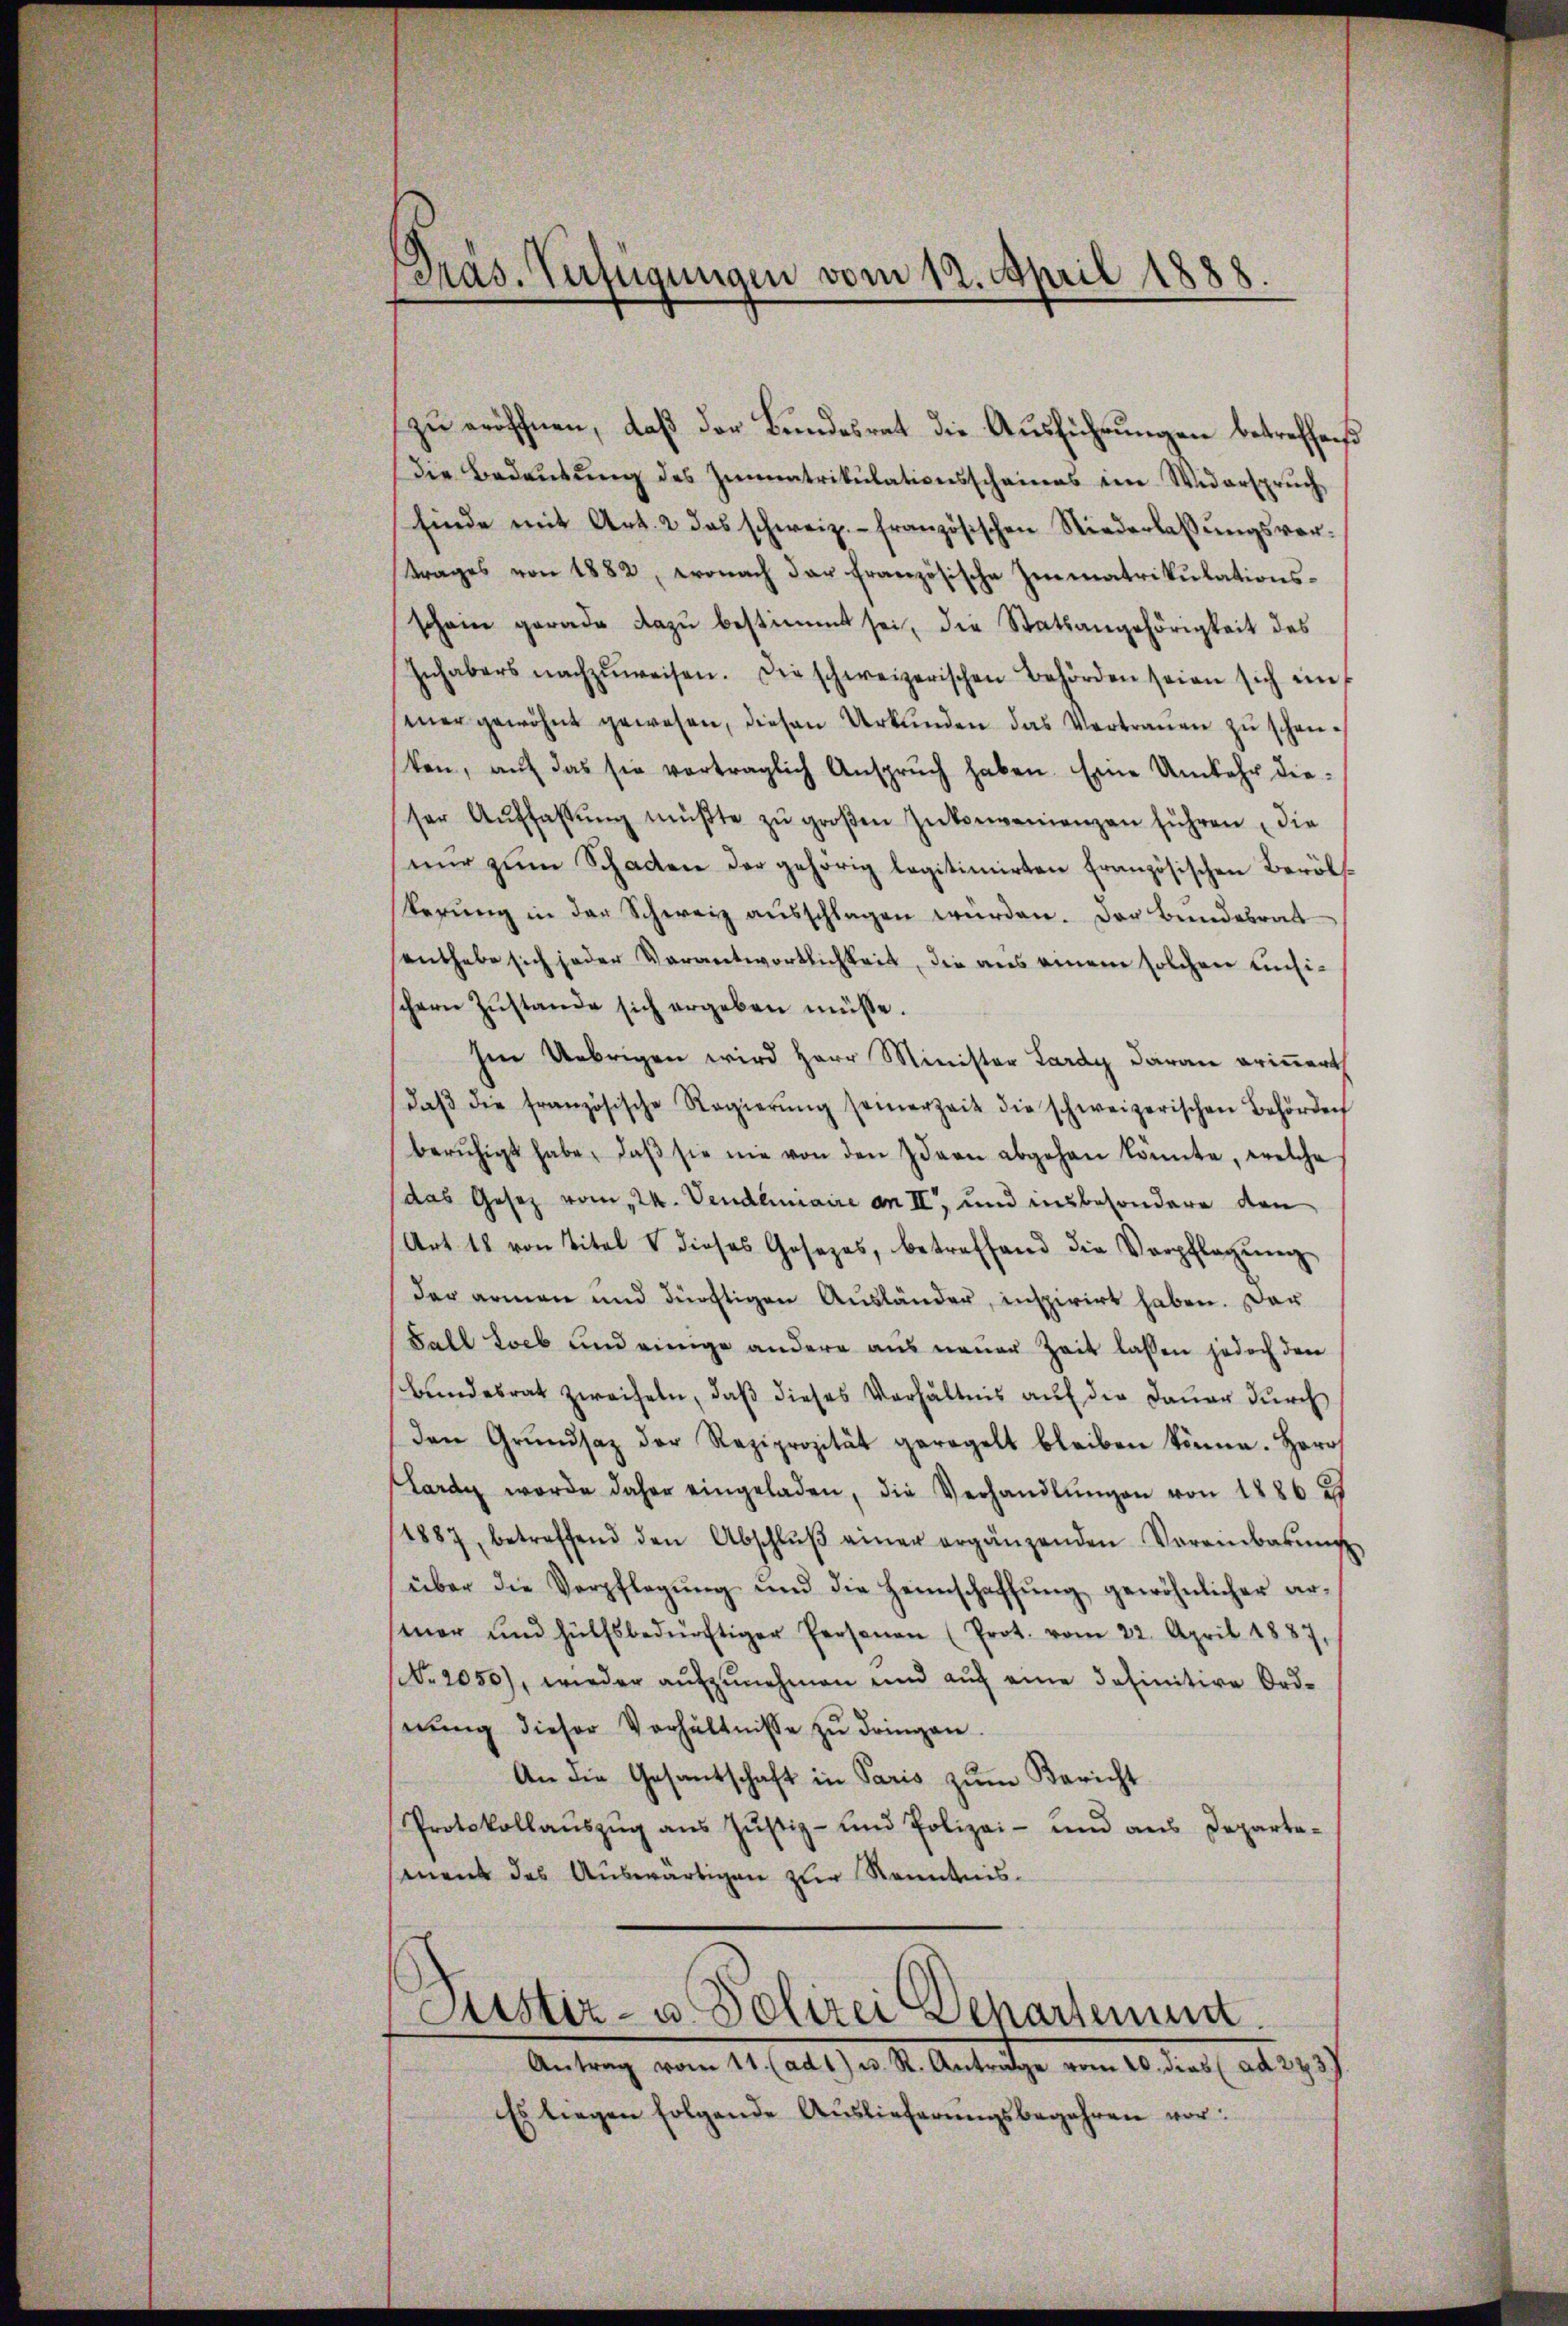
Präs. Verfügungen vom 12. April 1888

zu eröffnen, daß der Bundesrat die Ausführungen betreffend
Die Bedeutung des Zimmatrikulationsscheines im Widerspruch
Einde mit Art. 2 das schweiz.- französischen Niederlassŭngsvortrages von 1882, wonach der französische Immatrikulationsschein gerade dazŭ bestimmt sei, die Statsangehörigkeit des
Inhabers nachzŭweisen. Die schweizerischen Behörden seien sich ein
sener gewöhnt gewesen, diesen Urkunden das Vertrauen zu schenten, aŭf das sie verträglich Ansprŭch haben. Eine Umkehr dieser Aŭffassŭng müßte zŭ groβen Zukonvenienzen führen die
nur zum Schaden der gehörig legitimirten Französischen Berölskerŭng in der Schweiz aŭsschlagen würden. Der Bundesrat
santhabe sich jeder Verantwortlichkeit, die aus einem solchen Eichischern Zŭstande sich ergeben müsse.
Im Uebrigen wird Herr Minister Lardy daran erinnert
daβ die französische Regierŭng seinerzeit die schweizerischen Behörden
berŭhigt habe, daβ sie nie von den Ideen abgehen könnte, welche
das Gesetz vom 24. Vendliniaire an II und insbesondere den
Art. 48 von Titel V dieses Josezes, betreffend die Verpflegŭng
der armen und dürftigen Ausländer, inspirirt haben. Dar
Fall Loeb und einige andere aus neuer Zeit lassen jedoch den
Bundesrat zweifeln, daß dieses Verhältnis auf die Dauer durch
den Grŭndsatz der Reziprozität geregelt bleiben könne. Herr
Lardy werde daher eingeladen, die Verhandlŭngen von 1886 u
1887, betreffend den Abschlŭβ einer ergänzenden Vereinbarŭng
über die Verpflegŭng und die Heimschaffŭng gewöhnlicher ar-
mar und hülfsbedürftiger Personen (Prot. vom 22. April 1887,
(No. 2050), wieder aŭfzŭnehmen und aŭf eine definitive Ordnŭng dieser Verhältnisse zŭ dringen.
An die Gesantschaft in Paris zŭm Bericht
Protokollaŭszŭg ans Jŭstiz- und Polizei- und ans Departa-
ment das Auswärtigen zur Kenntnis.

Justiz- u Polizei Departement.
Antrag vom 11. (ad 1) u. R. Anträge vom 20. dies (ad 273.

Es liegen folgende Auslieferungsbegehren vor: